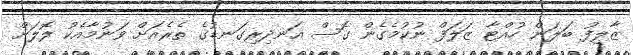
ޒާލިފު ބަލަން ހުއްޓާ ޒަލަފް ނުކުމެގެން ގޮސް އަނދިރިގަނޑުގެ ތެރެއަށް ވަނުމާއެކު ލޮލަށް